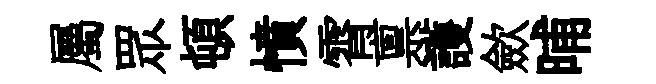
屬眾頓憤霄禀護歛晡